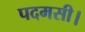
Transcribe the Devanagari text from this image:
पदमसी।